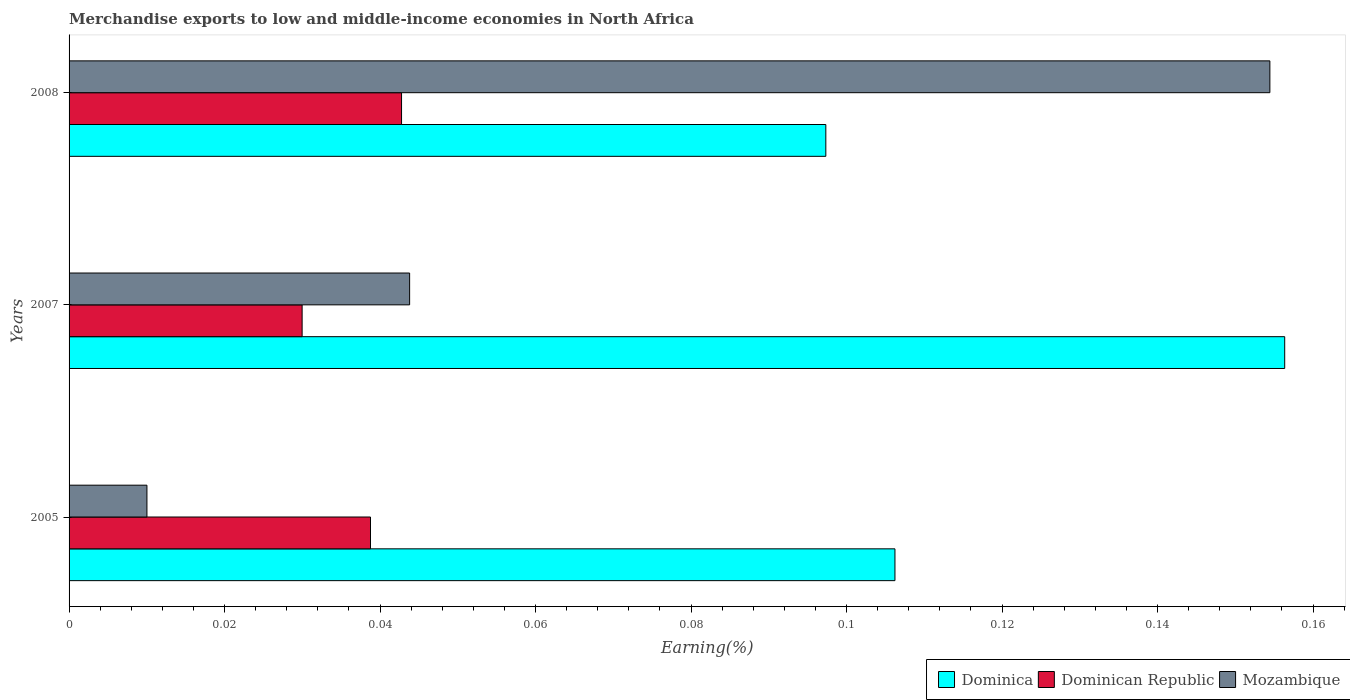
| Years | Dominica | Dominican Republic | Mozambique |
 | --- | --- | --- | --- |
 | 2005 | 0.106 | 0.0388 | 0.01 |
 | 2007 | 0.156 | 0.03 | 0.0438 |
 | 2008 | 0.0973 | 0.0428 | 0.154 |